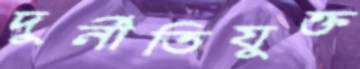
দুর্নীতিযুক্ত